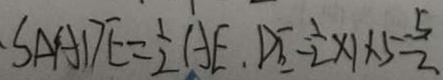
S _ { \Delta } A D E = \frac { 1 } { 2 } A E , D E - \frac { 1 } { 2 } \times 1 \times 5 = \frac { 5 } { 2 }